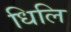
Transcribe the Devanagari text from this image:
धिलि